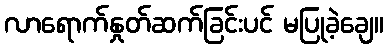
လာရောက်နှုတ်ဆက်ခြင်းပင် မပြုခဲ့ချေ။